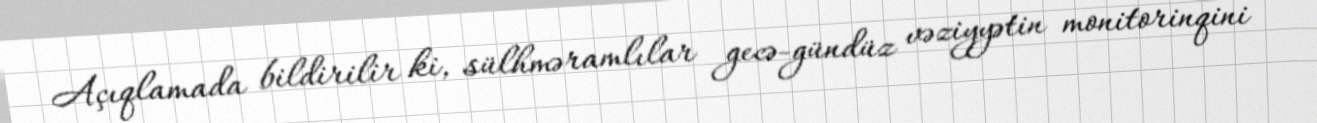
Açıqlamada bildirilir ki, sülhməramlılar gecə-gündüz vəziyyətin monitorinqini